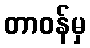
တာဝန်မှ